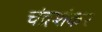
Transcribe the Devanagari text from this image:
चंद्रशंकर